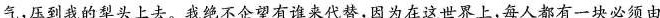
气，压到我的犁头上去。我绝不企望有谁来代替，因为在这世界上；每人都有一块必须由